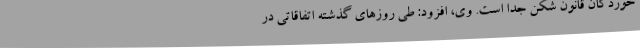
خوردگان قانون شکن جدا است. وی، افزود: طی روزهای گذشته اتفاقاتی در